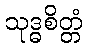
သုဒ္ဓစိတ္တံ